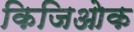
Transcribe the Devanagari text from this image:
किजिओक